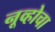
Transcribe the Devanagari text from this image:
नूव्होचा